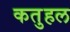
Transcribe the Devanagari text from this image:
कतुहल